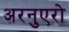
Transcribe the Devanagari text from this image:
अरनुएरो